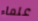
علماء